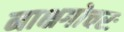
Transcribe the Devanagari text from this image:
नाक्षगोचरः